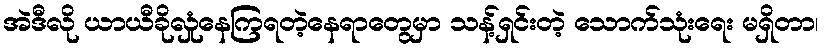
အဲဒီလို ယာယီခိုလှုံနေကြရတဲ့နေရာတွေမှာ သန့်ရှင်းတဲ့ သောက်သုံးရေး မရှိတာ၊